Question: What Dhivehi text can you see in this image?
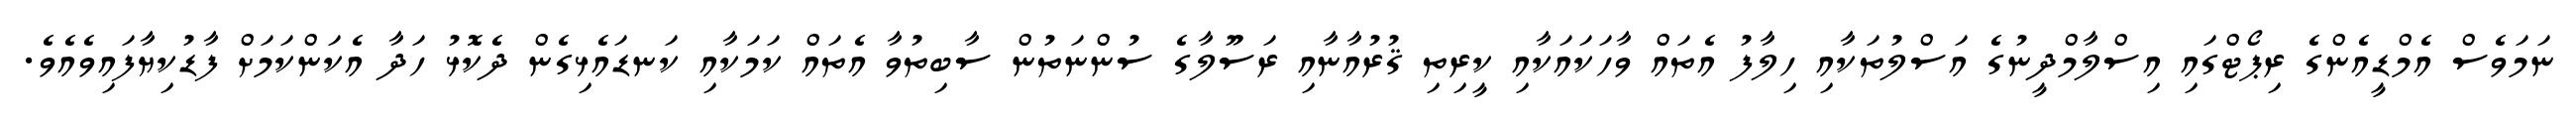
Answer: ނަމަވެސް އެމްޑީއެންގެ ރިޕޯޓްގައި އިސްލާމްދީނުގެ އަސްލުތަކާއި ހިލާފު އެތައް ވާހަކައަކާއި ކީރިތި ޤުރުއާނާއި ރަސޫލާގެ ސުންނަތުން ސާބިތުވާ އެތައް ކަމަކާއި ކަނޑައެޅިގެން ދެކޮޅު ހަދާ އެކަންކަމަށް ފާޑުކިޔާފައިވެއެވެ.